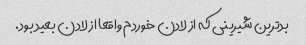
بدترین شیرینی که از لادن خوردم واقعا از لادن بعید بود.